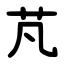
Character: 芃